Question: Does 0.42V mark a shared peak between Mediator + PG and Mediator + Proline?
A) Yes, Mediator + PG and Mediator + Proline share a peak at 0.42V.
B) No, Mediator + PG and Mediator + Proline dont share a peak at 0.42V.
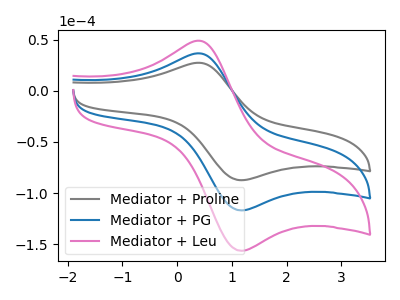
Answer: <think>The gray curve "Mediator + Proline" has an anodic peak at (0.40V, 27.25uA) and a cathodic peak at (1.15V, -87.35uA). The blue curve "Mediator + PG" has an anodic peak at (0.40V, 36.45uA) and a cathodic peak at (1.15V, -116.85uA). The pink curve "Mediator + Leu" has an anodic peak at (0.40V, 72.95uA) and a cathodic peak at (1.15V, -233.70uA).</think>
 <answer>A) Yes, "Mediator + PG" and "Mediator + Proline" share a peak at 0.42V.</answer>
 <eval>A</eval>